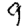
Digit: 9